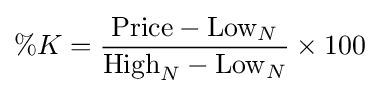
\%K={\frac {\mathrm {Price} -\mathrm {Low} _{N}}{\mathrm {High} _{N}-\mathrm {Low} _{N}}}\times 100